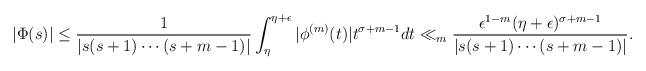
LaTeX: \begin{align*} |\Phi(s)| & \le \frac{1}{|s(s+1) \cdots (s+m-1)|} \int_{\eta}^{\eta+\epsilon} |\phi^{(m)}(t)| t^{\sigma+m-1} dt \ll_{m} \frac{\epsilon^{1-m} (\eta+\epsilon)^{\sigma+m-1} }{|s(s+1) \cdots (s+m-1)|}. \end{align*}